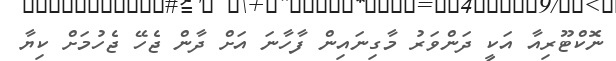
ނޮކްޓޫރިއާ އަކީ ދަންވަރު މާގިނައިން ފާހާނަ އަށް ދާން ޖެހޭ ޖެހުމަށް ކިޔާ